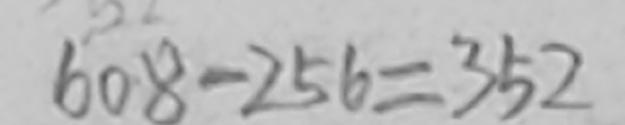
6 0 8 - 2 5 6 = 3 5 2